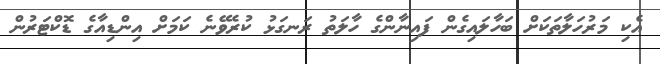
އެކި މަރުހަލާތަކަށް ބަހާލައިގެން ފައިނާންގެ ހާލަތު ރަނގަޅު ކުރެވޭނެ ކަމަށް އިންޑިއާގެ ޑޮކްޓަރުން